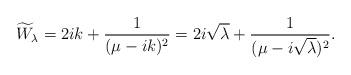
LaTeX: \begin{align*}\widetilde{W}_\lambda=2ik+\frac{1}{(\mu-ik)^2}=2i\sqrt{\lambda}+\frac{1}{(\mu-i\sqrt{\lambda})^2}.\end{align*}